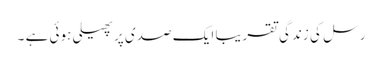
رسل کی زندگی تقریبا ایک صدی پر پھیلی ہوئی ہے ۔